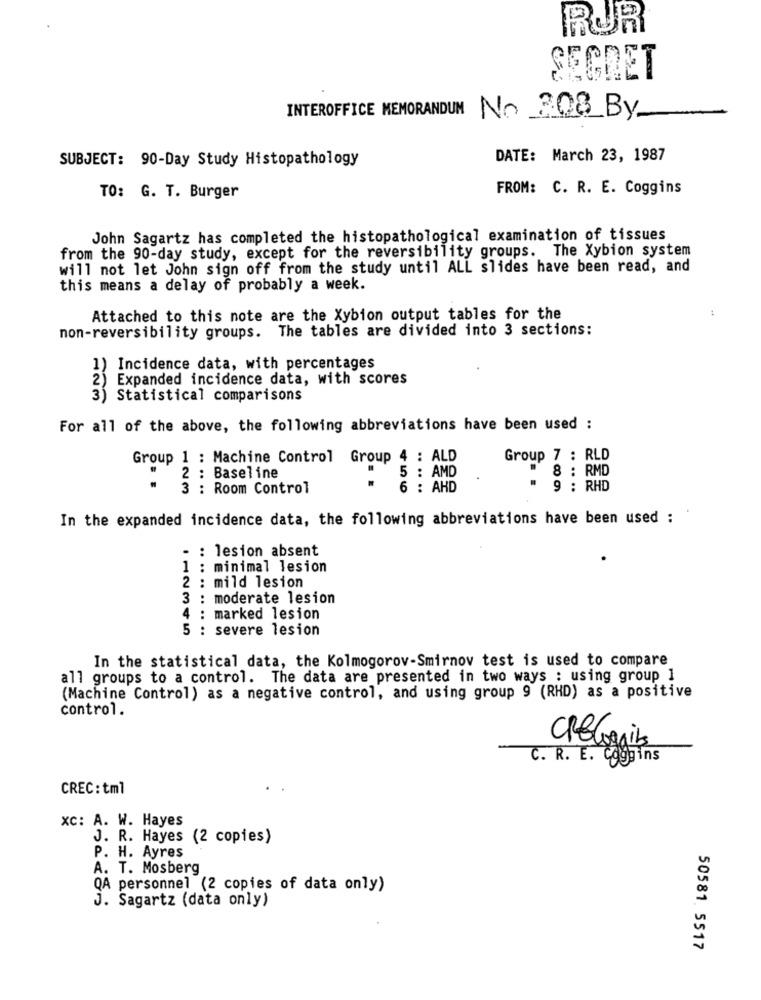
RUR
SECRET
INTEROFFICE MEMORANDUM No 208 By
SUBJECT: 90-Day Study Histopathology
DATE: March 23, 1987
FROM: C. R. E. Coggins
TO: G. T. Burger
John Sagartz has completed the histopathological examination of tissues
from the 90-day study, except for the reversibility groups. The Xybion system
will not let John sign off from the study until ALL slides have been read, and
this means a delay of probably a week.
..
Attached to this note are the Xybion output tables for the
non-reversibility groups. The tables are divided into 3 sections:
1) Incidence data, with percentages
2) Expanded incidence data, with scores
3) Statistical comparisons
For all of the above, the following abbreviations have been used :
Group 1 : Machine Control Group 4 : ALD
Group 7 : RLD
5 : AMD
8 : RMD
2 : Baseline
3 : Room Control
6 : AHD
* 9 ; RHD
In the expanded incidence data, the following abbreviations have been used :
. : lesion absent
1 : minimal lesion
2 : mild lesion
3 : moderate lesion
4 : marked lesion
5 : severe lesion
...........
In the statistical data, the Kolmogorov-Smirnov test is used to compare
all groups to a control. The data are presented in two ways : using group 1
(Machine Control) as a negative control, and using group 9 (RHD) as a positive
control.
CEGnin
C. R. E. Coggins
CREC: tml
xc: A. W. Hayes
J. R. Hayes (2 copies)
P. H. Ayres
A. T. Mosberg
QA personnel (2 copies of data only)
J. Sagartz (data only)
50581 5517